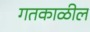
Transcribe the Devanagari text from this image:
गतकाळील